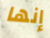
إنها